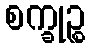
စက္ခုဉ္စ